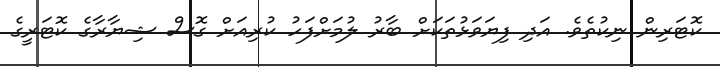
ކޮޓަރިން ނިކުތެވެ. އަދި ފިޔަވަޅުތަކަށް ބާރު ލުމަށްފަހު ކުރިއަށް ގޮސް ޝިޔާރާގެ ކޮޓަރީގެ